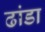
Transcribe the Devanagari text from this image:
ढांडा